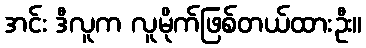
အင်း ဒီလူက လူမိုက်ဖြစ်တယ်ထားဦး။